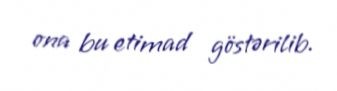
ona bu etimad göstərilib.